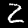
Digit: 2